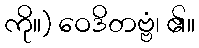
ကို။) ဝေဒိတဗ္ဗံ၊ ၏။